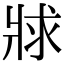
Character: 𤕾